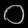
Digit: ၀